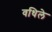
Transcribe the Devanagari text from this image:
वधिले